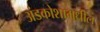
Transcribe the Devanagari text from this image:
अंडकोशामधील